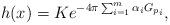
LaTeX: \begin{align*}h(x)= K e^{-4\pi \sum_{i=1}^m \alpha_i G_{p_i}},\end{align*}